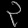
Digit: ၃